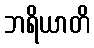
ဘရိယာတိ